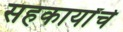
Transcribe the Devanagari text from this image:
सहकार्यांचे